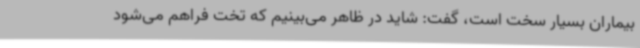
بیماران بسیار سخت است، گفت: شاید در ظاهر می‌بینیم که تخت فراهم می‌شود